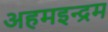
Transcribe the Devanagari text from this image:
अहमइन्द्रम